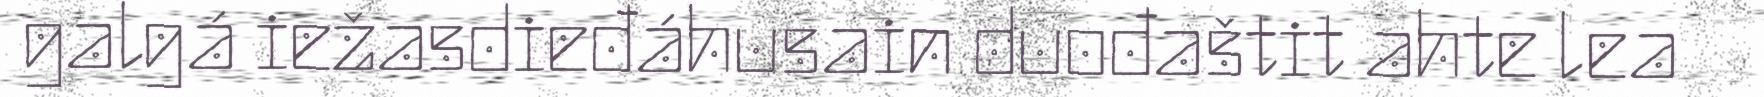
galgá iežasdieđáhusain duođaštit ahte lea